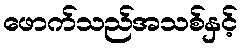
ဖောက်သည်အသစ်နှင့်